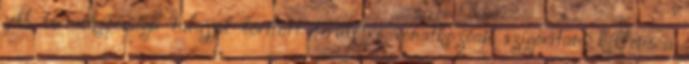
jobb termőképességű talajjal borított területre vonatkozóan szigorítani kellene a